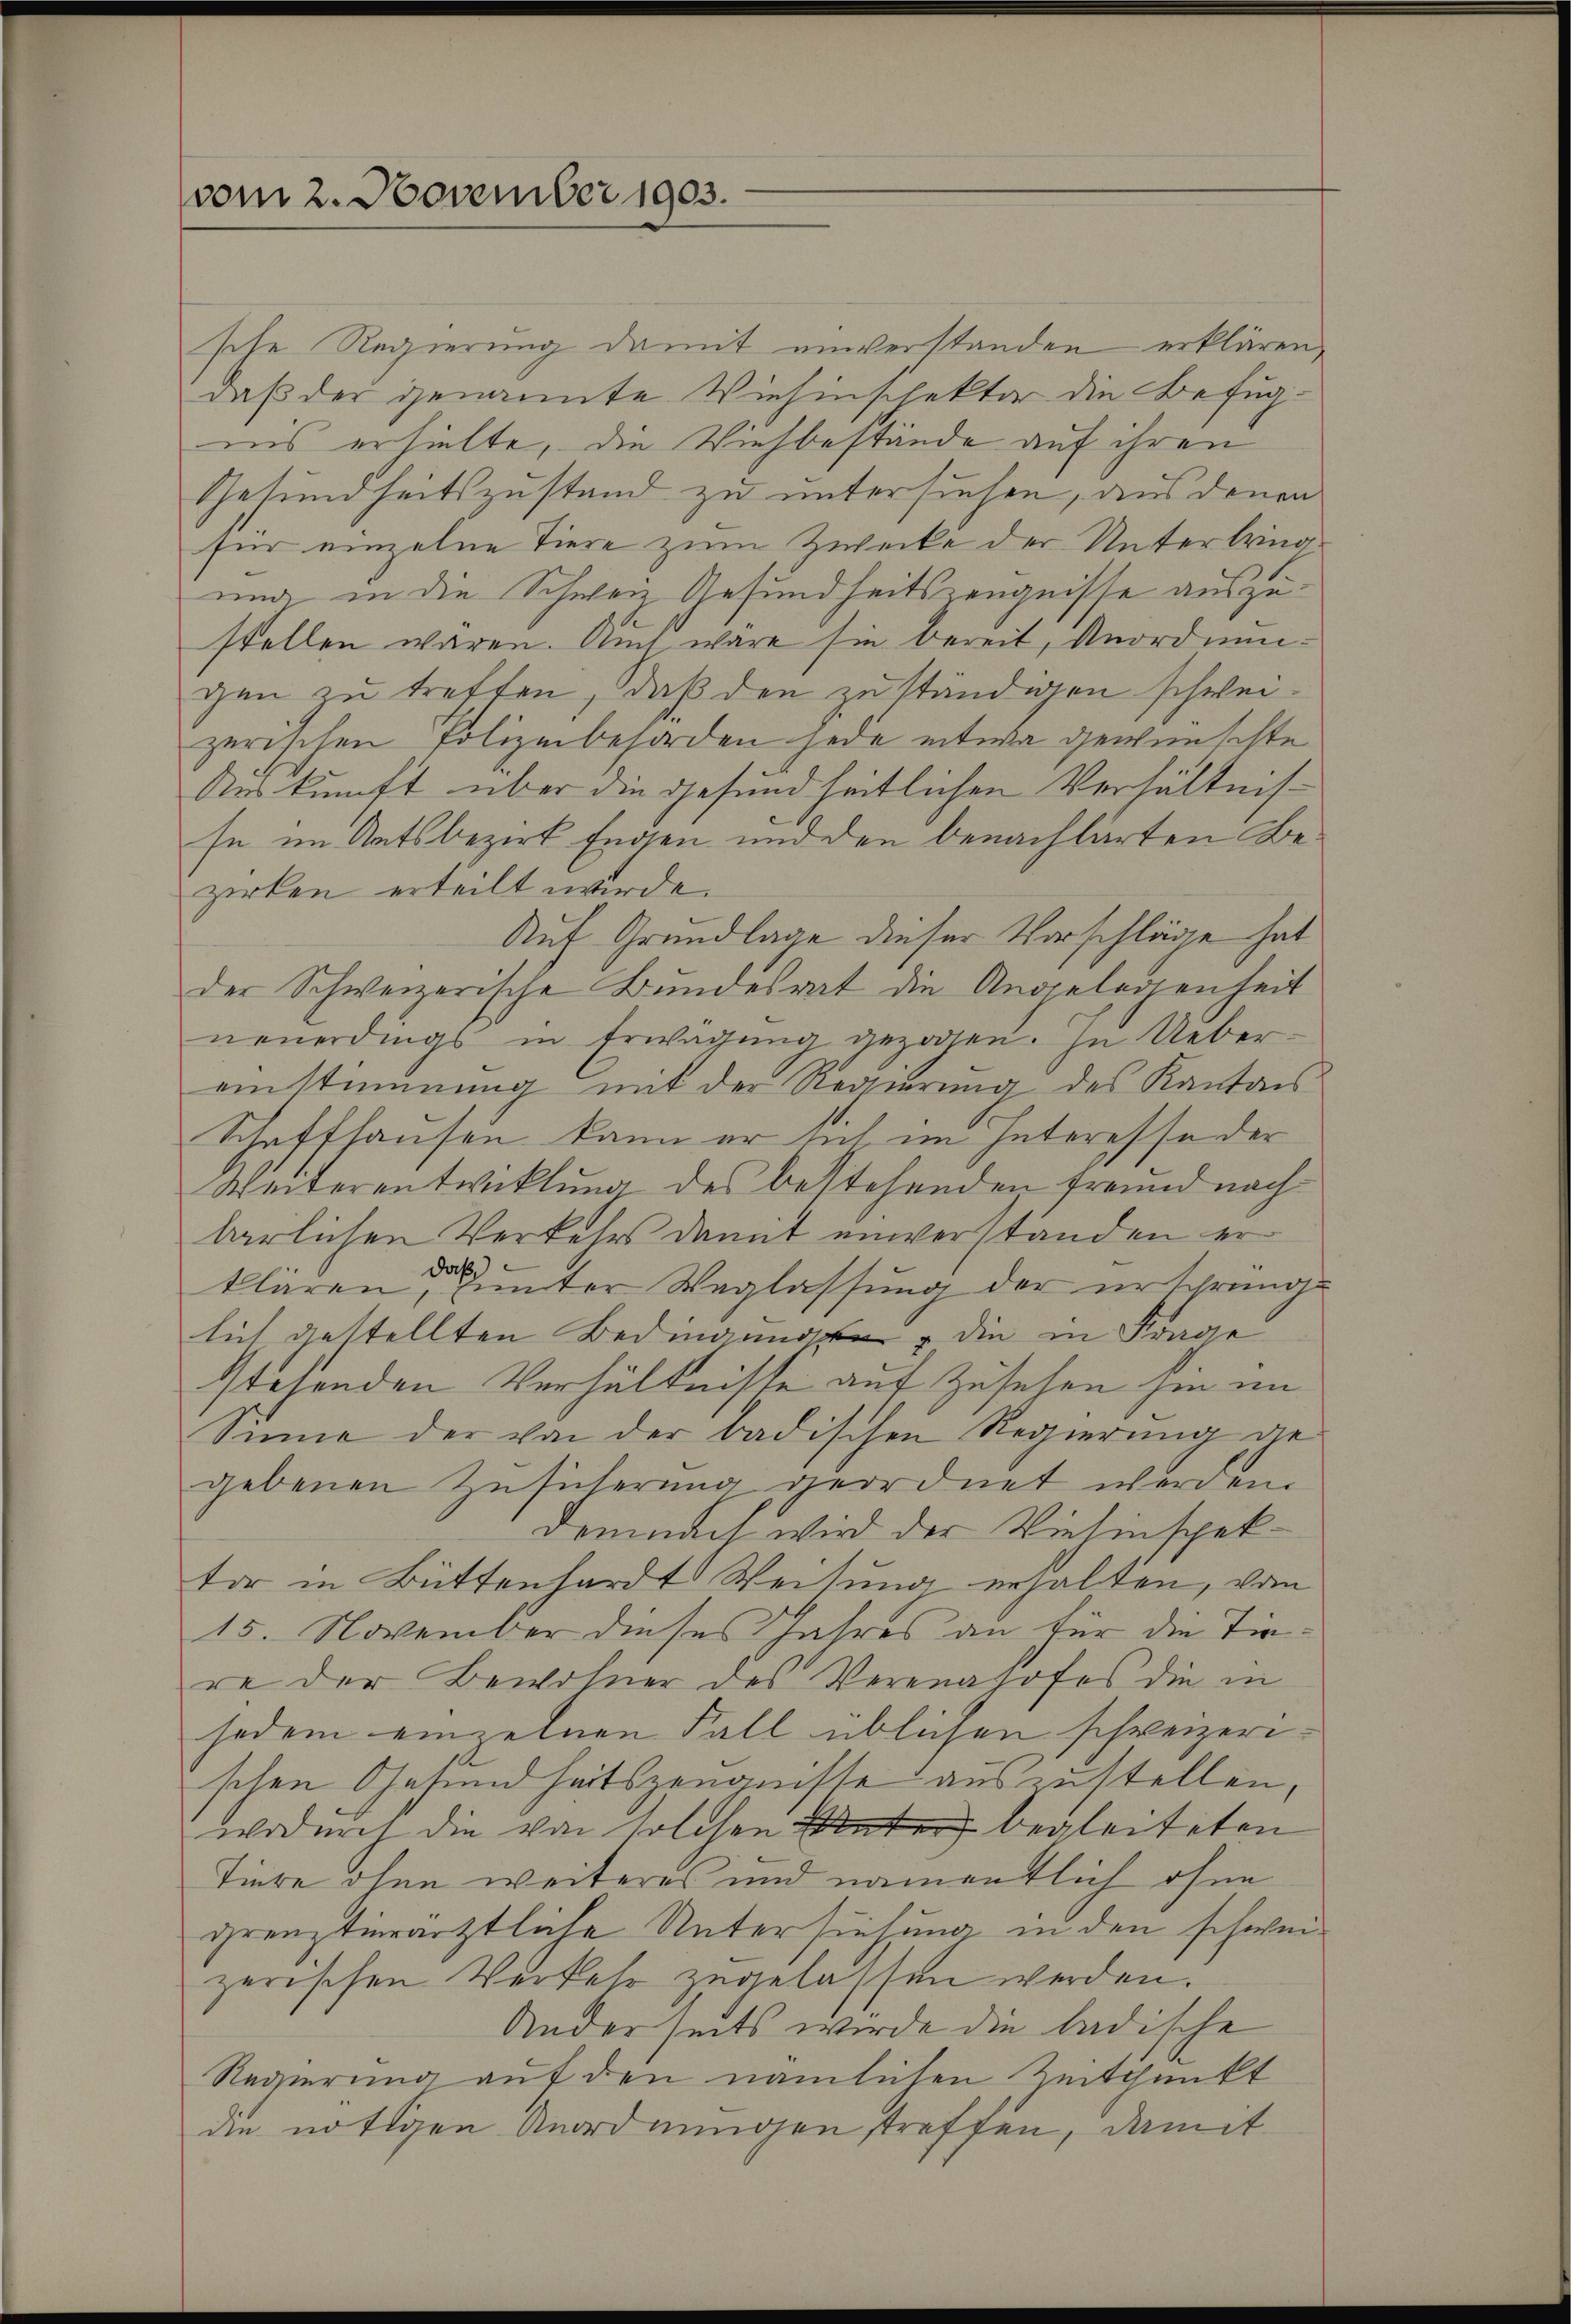
vom 2. November 1903.

sche Regierung damit einverstanden erklären,
daß der genannte Viehinschektor die Befugnis erhielte, die Viehbestände auf ihren
Gesundheitszustand zu untersuchen, aus denen
für einzelne Tiere zum Zwecke der Unterbring
ung in die Schweiz Gesundheitszeugnisse auszustellen wären. Auch wäre sie bereit, Anordnungen zu treffen, daß den zuständigen schweizerischen Polizeibesorden jede etwa gewünschte
Auskunft über die gesundheitlichen Verhältnisse im Ratsbezirk Engen und den benachlärten Bezirken erteilt werde.
Auf Grundlage dieser Vorschläge hat
der Schweizerische Bundesrat die Angelegenheit
neuerdings in Erwägung gezogen. In Uebereinstimmung mit der Regierung des Kantons
Schaffhausen kann er sich im Interesse der
Weiterentwicklung des bestehenden Freund nach
barlichen Verkehrs damit einverständen er
klären unter Weglassung der erschrunge
lich gestellten Bedingung die in Frage
stehenden Verhältnisse auf Zusehen zu im
Sinne der von der badischen Regierŭng ge-
gebenen Zusicherung geordnet werden.
Demnach wird der Vielinspekter in Büttenhardt Weitung erhalten, vom
15. November dieses Jahres an für die Tiere der Bewohner des Verenahoses die in
jedem einzelnen Fall üblichen schweizerischen Gesundheitszeugnisse auszustellen,
wodurch die von solchen Vater begleiteten
Tiere ohne weiteres und namentlich ohne
grenztierärztliche Untersuchung in den schweizerischen Verkehr zugelassen werden.
Anderseits würde die ladische
Regierung auf den nämlichen Zeitpunkt
die nötigen Anordnungen streffen, damit